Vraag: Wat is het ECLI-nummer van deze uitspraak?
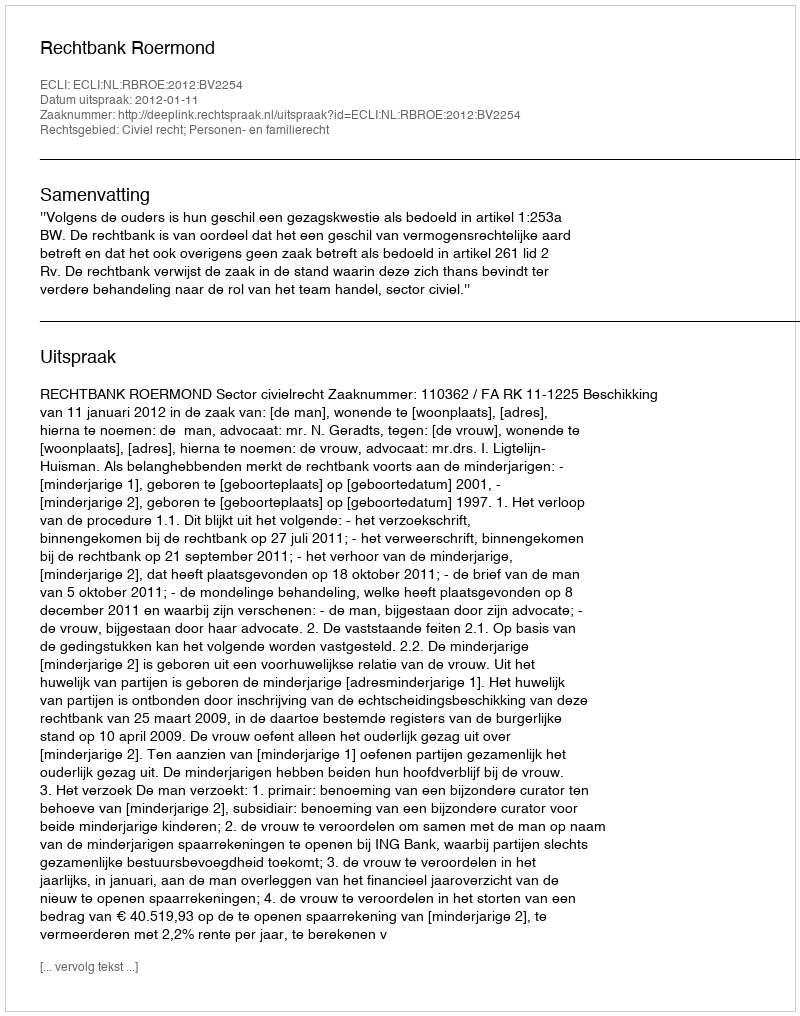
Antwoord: ECLI:NL:RBROE:2012:BV2254